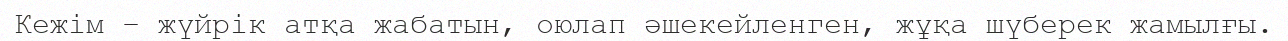
Кежім – жүйрік атқа жабатын, оюлап әшекейленген, жұқа шүберек жамылғы.